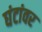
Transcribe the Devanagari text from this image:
घंटांवर